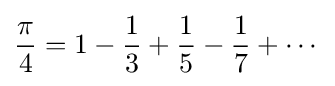
{\frac {\pi }{4}}=1-{\frac {1}{3}}+{\frac {1}{5}}-{\frac {1}{7}}+\cdots